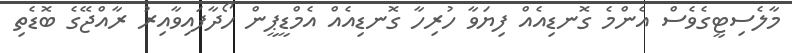
މާލެސިޓީގެވެސް އެންމެ ގޮނޑިއެއް ފިޔަވާ ހުރިހާ ގޮނޑިއެއް އެމްޑީޕީން ހޯޯދާފައިވާއިރު ރާއްޖޭގެ ބޮޑެތި